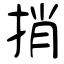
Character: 捎